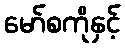
မော်စကိုနှင့်